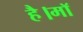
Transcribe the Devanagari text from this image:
है।माॅ